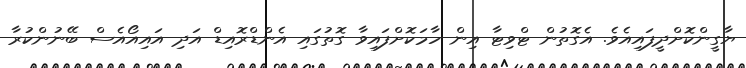
ޔާގީންކޮށްދީފައިއެވެ. އެގޮތުން ޓްވިޓާ އިން ހާމަކޮށްފައިވާ ގޮތުގައި އެންޑްރޮއިޑް އަދި އައިއޯއެސް ބޭނުންކުރާ